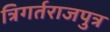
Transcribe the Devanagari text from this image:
त्रिगर्तराजपुत्र